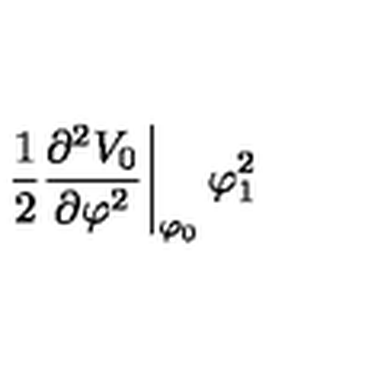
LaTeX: \left. \frac { 1 } { 2 } \frac { \partial ^ { 2 } V _ { 0 } } { \partial \varphi ^ { 2 } } \right| _ { \varphi _ { 0 } } \varphi _ { 1 } ^ { 2 }